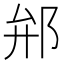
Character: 𨚕